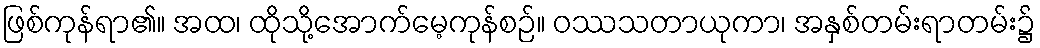
ဖြစ်ကုန်ရာ၏။ အထ၊ ထိုသို့အောက်မေ့ကုန်စဉ်။ ဝဿသတာယုကာ၊ အနှစ်တမ်းရာတမ်း၌